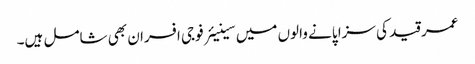
عمر قید کی سزا پانے والوں میں سینیئر فوجی افسران بھی شامل ہیں۔